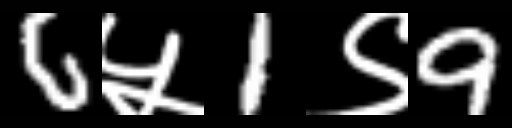
Text: 6५1९9